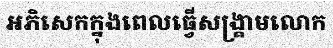
អភិសេកក្នុងពេលធ្វើសង្គ្រាមលោក